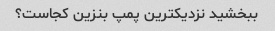
ببخشید نزدیکترین پمپ بنزین کجاست؟